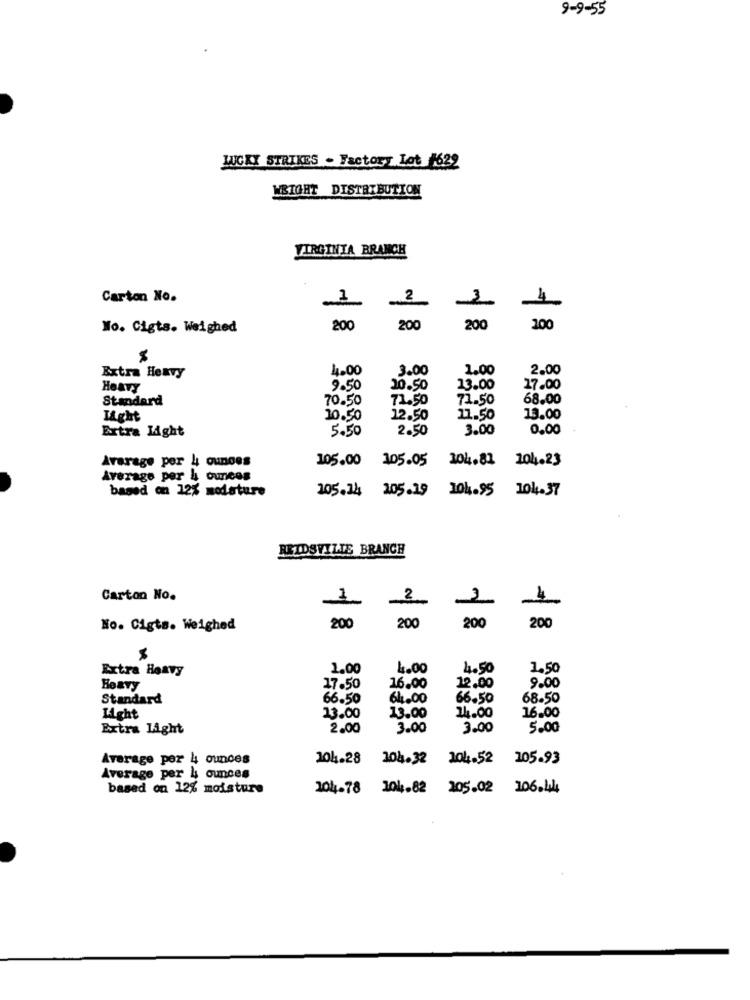
9-9-55
LUCKY STRIKES - Factory Lot #622
WRIGHT DISTRIBUTION
VIRGINIA BRANCH
Carton No.
2
-
No. Cigts. Weighed
200
200
200
200
Extra Hexvy
4.00
3.00
1.00
2.00
HOATY
9.50
20.50
13.00
17.00
Standard
70.50
71.50
71.50
68.00
Light
10.50
12.50
11.50
13.00
Extra Light
5.50
2.50
3.00
0.00
Avarage por 4 ounces
105.00
105.05
104.81 104.23
Average per 4 ounces
based on 12% modature
305.24 205.19
104.95 104.37
REIDSVILLE BRANCH
Carton No.
2
4
-
-
200
200
No. Cigts. Weighed
200
200
M
Extra Heavy
1.00
4.00
4.50
1.50
Heavy
17.50
16.00
12.00
9.00
Standard
66.50
64.00
66.50
68.50
16.00
Light
13.00
13.00
14.00
Extra light
2.00
3.00
3.00
5.00
Average per 4 ounces
204.28
104.32
104.52 105.93
Average per 4 ounces
based on 12% moisture
104-78 104.82
205.02 106.44